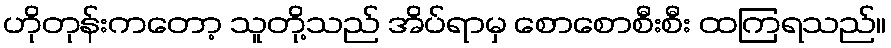
ဟိုတုန်းကတော့ သူတို့သည် အိပ်ရာမှ စောစောစီးစီး ထကြရသည်။